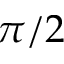
\pi / 2